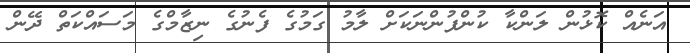
އަނެއް ކޮޅުން ލަންކާ ކުންފުންނަކަށް ލާމު ގަމުގެ ފެނުގެ ނިޒާމްގެ މަސައްކަތް ދޭން